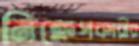
নিক্ষেপকারীর